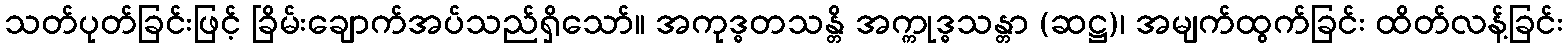
သတ်ပုတ်ခြင်းဖြင့် ခြိမ်းချောက်အပ်သည်ရှိသော်။ အကုဒ္ဓတသန္တိ အက္ကုဒ္ဓသန္တာ (ဆဋ္ဌ)၊ အမျက်ထွက်ခြင်း ထိတ်လန့်ခြင်း